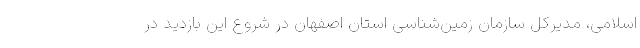
اسلامی، مدیرکل سازمان زمین‌شناسی استان اصفهان در شروع این بازدید در